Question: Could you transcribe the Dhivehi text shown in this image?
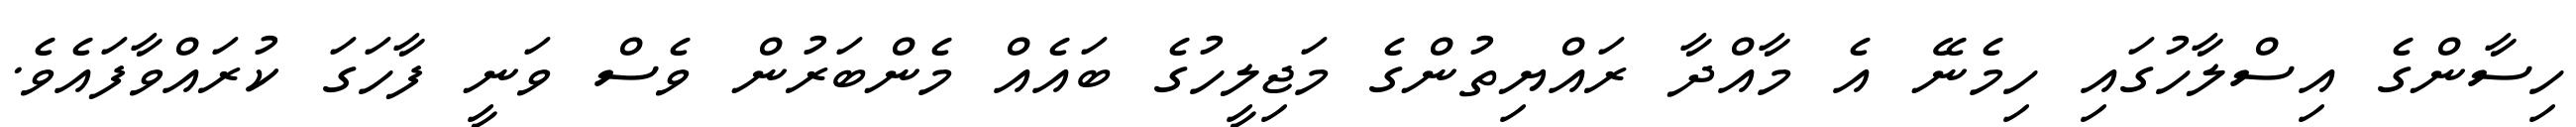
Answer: ހިސާންގެ އިސްލާހުގައި ހިމެނޭ އެ މާއްދާ ރައްޔިތުންގެ މަޖިލީހުގެ ބައެއް މެންބަރުން ވެސް ވަނީ ފާހަގަ ކުރައްވާފައެވެ.